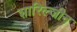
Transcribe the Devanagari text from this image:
शारिल्जीन